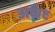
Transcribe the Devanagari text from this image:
अर्कट